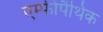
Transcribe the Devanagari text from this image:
एम्फीपैथिक